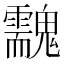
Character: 䰰